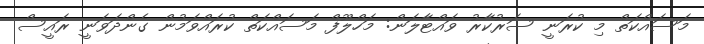
މަސައްކަތް މި ކުރަނީ ސަރުކާރު ވައްޓާލަން: މަހްލޫފް މަސައްކަތް ކުރައްވަމުން ގެންދަވަނީ ރައީސް